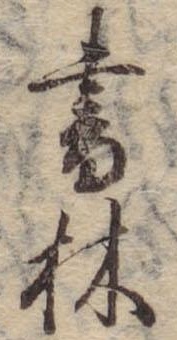
書林